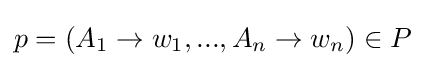
p=(A_{1}\to w_{1},...,A_{n}\to w_{n})\in P